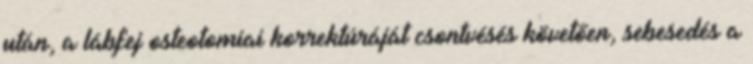
után, a lábfej osteotomiai korrektúráját csontvésés követően, sebesedés a